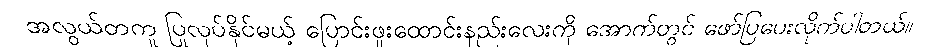
အလွယ်တကူ ပြုလုပ်နိုင်မယ့် ပြောင်းဖူးထောင်းနည်းလေးကို အောက်တွင် ဖော်ပြပေးလိုက်ပါတယ်။